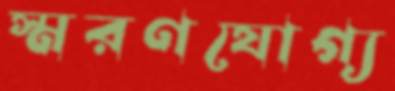
স্মরণযোগ্য